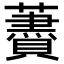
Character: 𧂰